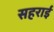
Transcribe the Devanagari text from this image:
सहराई